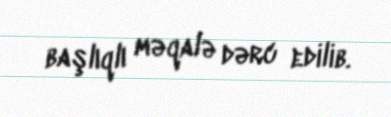
başlıqlı məqalə dərc edilib.